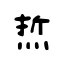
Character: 焎